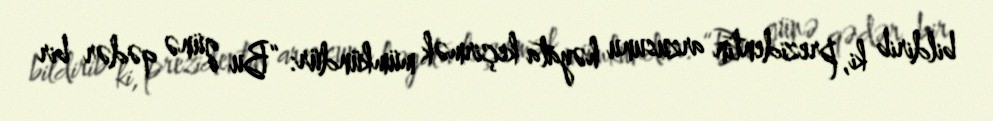
bildirib ki, prezidentin arzusunu həyata keçirmək mümkündür: “Bu günə qədər bir